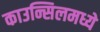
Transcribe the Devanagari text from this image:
काउन्सिलमध्ये